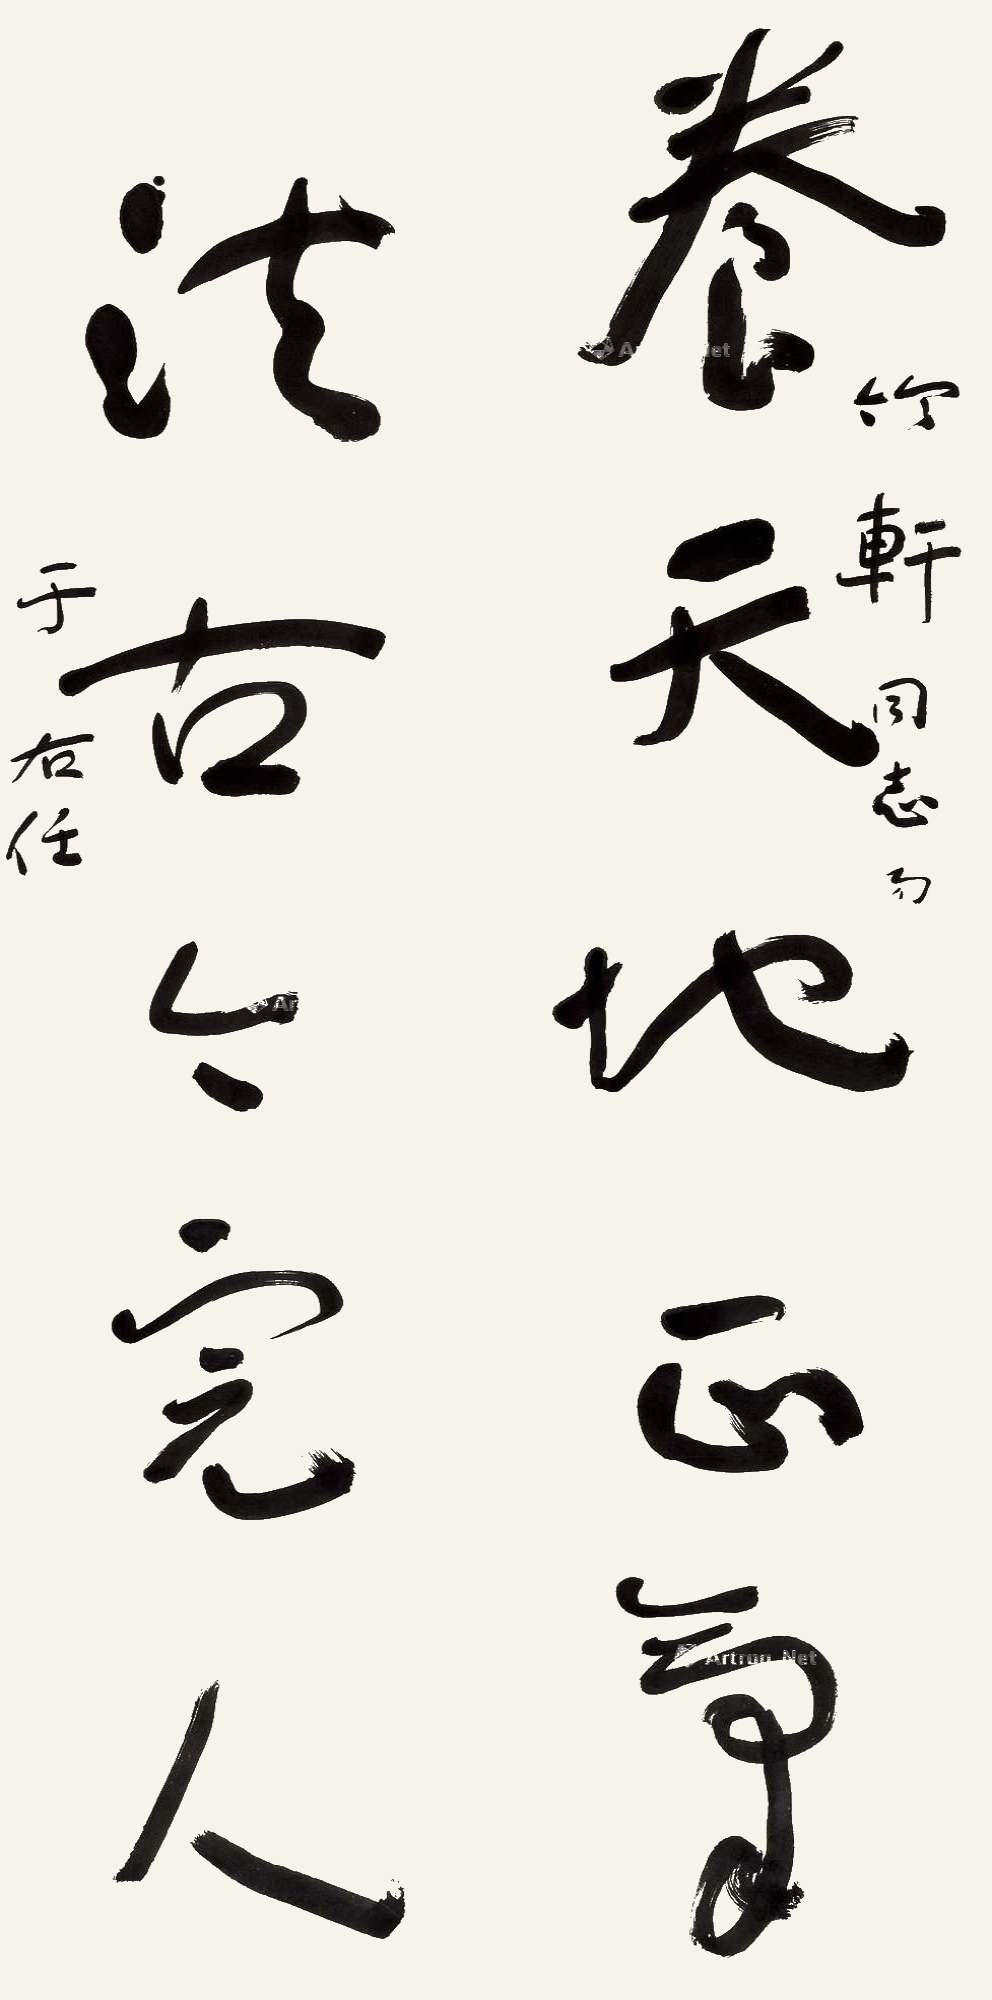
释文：养天地正气，法古今完人。竹轩同志属，于右任。